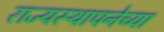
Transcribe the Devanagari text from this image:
राज्‍यस्‍थापनेच्या